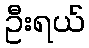
ဦးရယ်